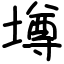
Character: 壿